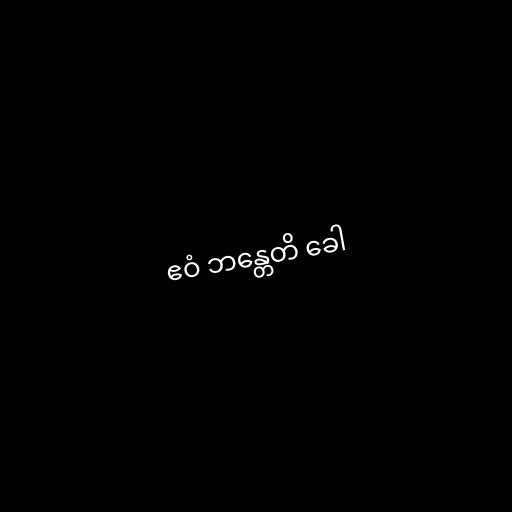
ဧဝံ ဘန္တေတိ ခေါ